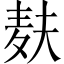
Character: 麸